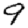
Digit: 9